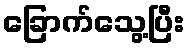
ခြောက်သွေ့ပြီး